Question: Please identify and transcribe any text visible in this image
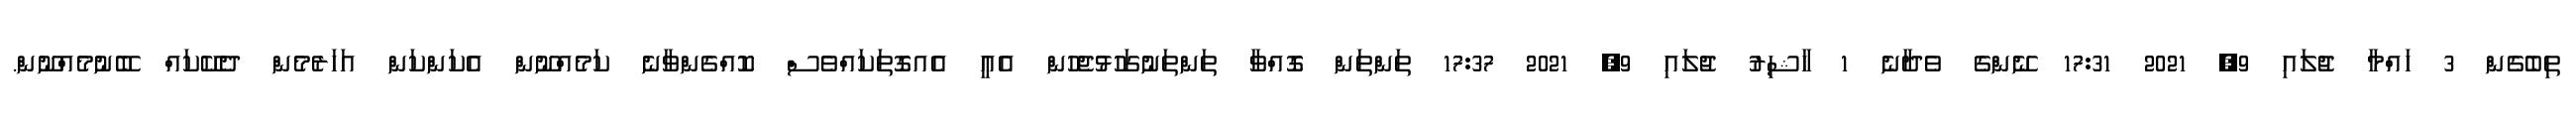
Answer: ތިބެގެން 3 ހައްމާ ޖުލައި 9, 2021 17:31 ނޭންގެ ވެދާނެ 1 ހާޝިރު ޖުލައި 9, 2021 17:37 ތަންތަން ގޮއްވާ ތަންތަނުގަހުޅުޖެހުން އެއީ އެއގޮތަކައްވެސް ކޮއްގެންވާނެ ކަމެއްނޫން އެކަންކަން އަހަރެމެން ދެކޭކައް ބޭނުމެއްނޫން.